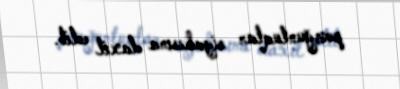
pozğunluqlar siyahısına daxil edib.